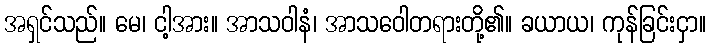
အရှင်သည်။ မေ၊ ငါ့အား။ အာသဝါနံ၊ အာသဝေါတရားတို့၏။ ခယာယ၊ ကုန်ခြင်းငှာ။